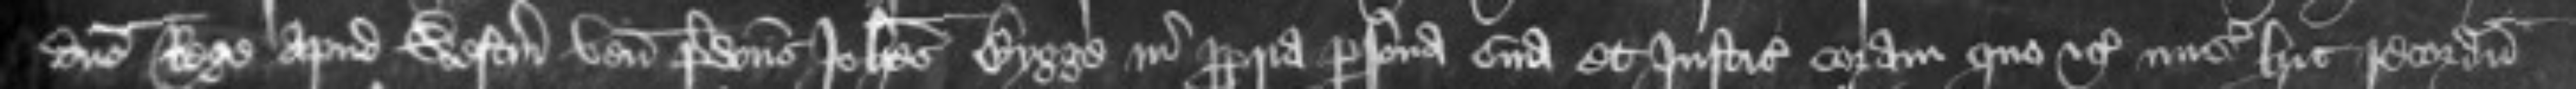
domino Rege apud Westmonasterium venit predictus Johannes Bygge in propria persona et Justiciarius coram quo etc misit hic recordum